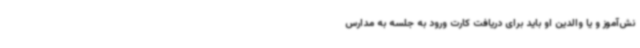
نش‌آموز و یا والدین او باید برای دریافت کارت ورود به جلسه به مدارس